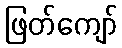
ဖြတ်ကျော်